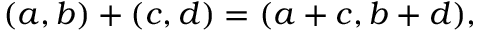
( a , b ) + ( c , d ) = ( a + c , b + d ) ,